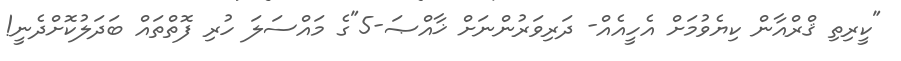
"ކީރިތި ޤްރްއާން ކިޔެވުމަށް އެހީއެއް- ދަރިވަރުންނަށް ޚާއްޞަ-5"ގެ މައްސަލަ ހުރި ފޮތްތައް ބަދަލުކޮށްދެނީ!